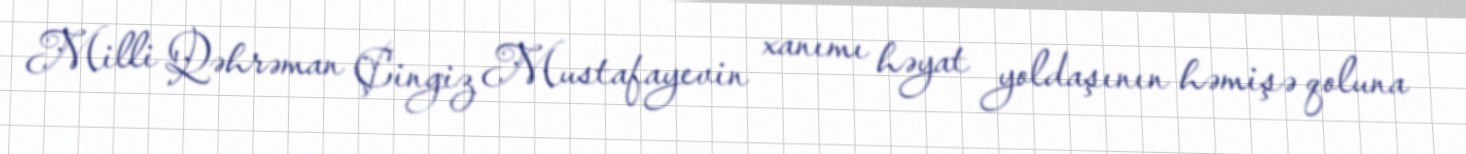
Milli Qəhrəman Çingiz Mustafayevin xanımı həyat yoldaşının həmişə qoluna